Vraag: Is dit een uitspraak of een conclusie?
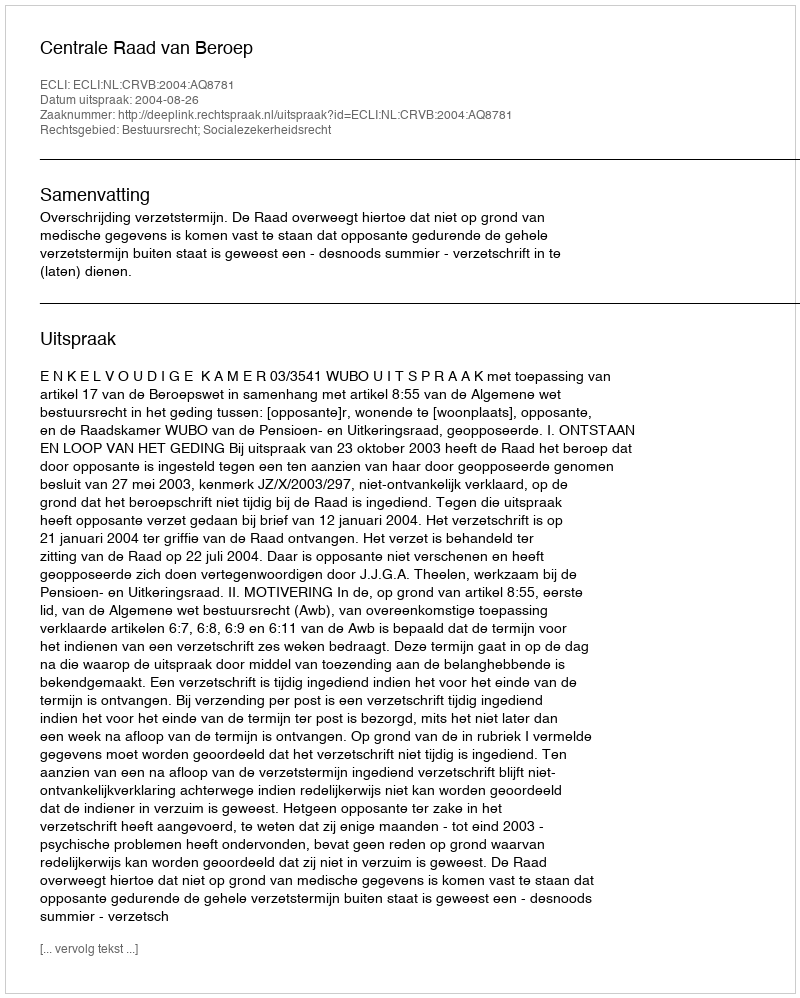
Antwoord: Uitspraak